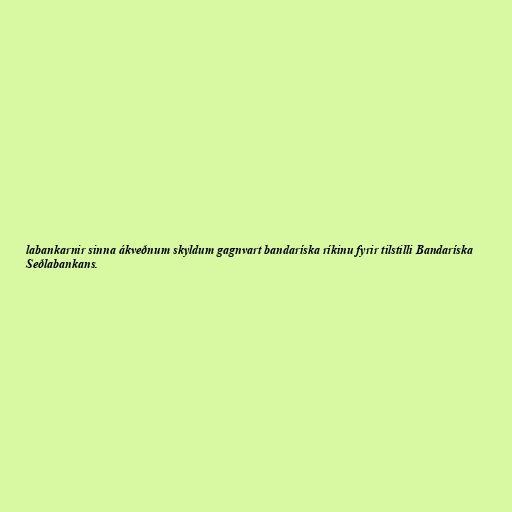
labankarnir sinna ákveðnum skyldum gagnvart bandaríska ríkinu fyrir tilstilli Bandaríska
Seðlabankans.